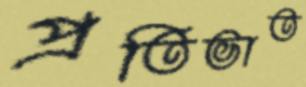
প্রতিভাত